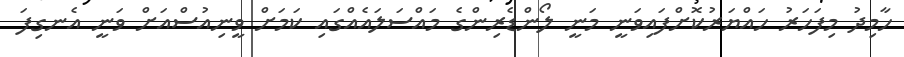
ހާމިދު މިފަހަރު ހައްޔަރުކޮށްފައިވަނީ މަނީ ލޯންޑެރިންގެ މައްސަލައެއްގައި ކަމަށް ވީނިއުސްއަށް ވަނީ އެނގިފަ